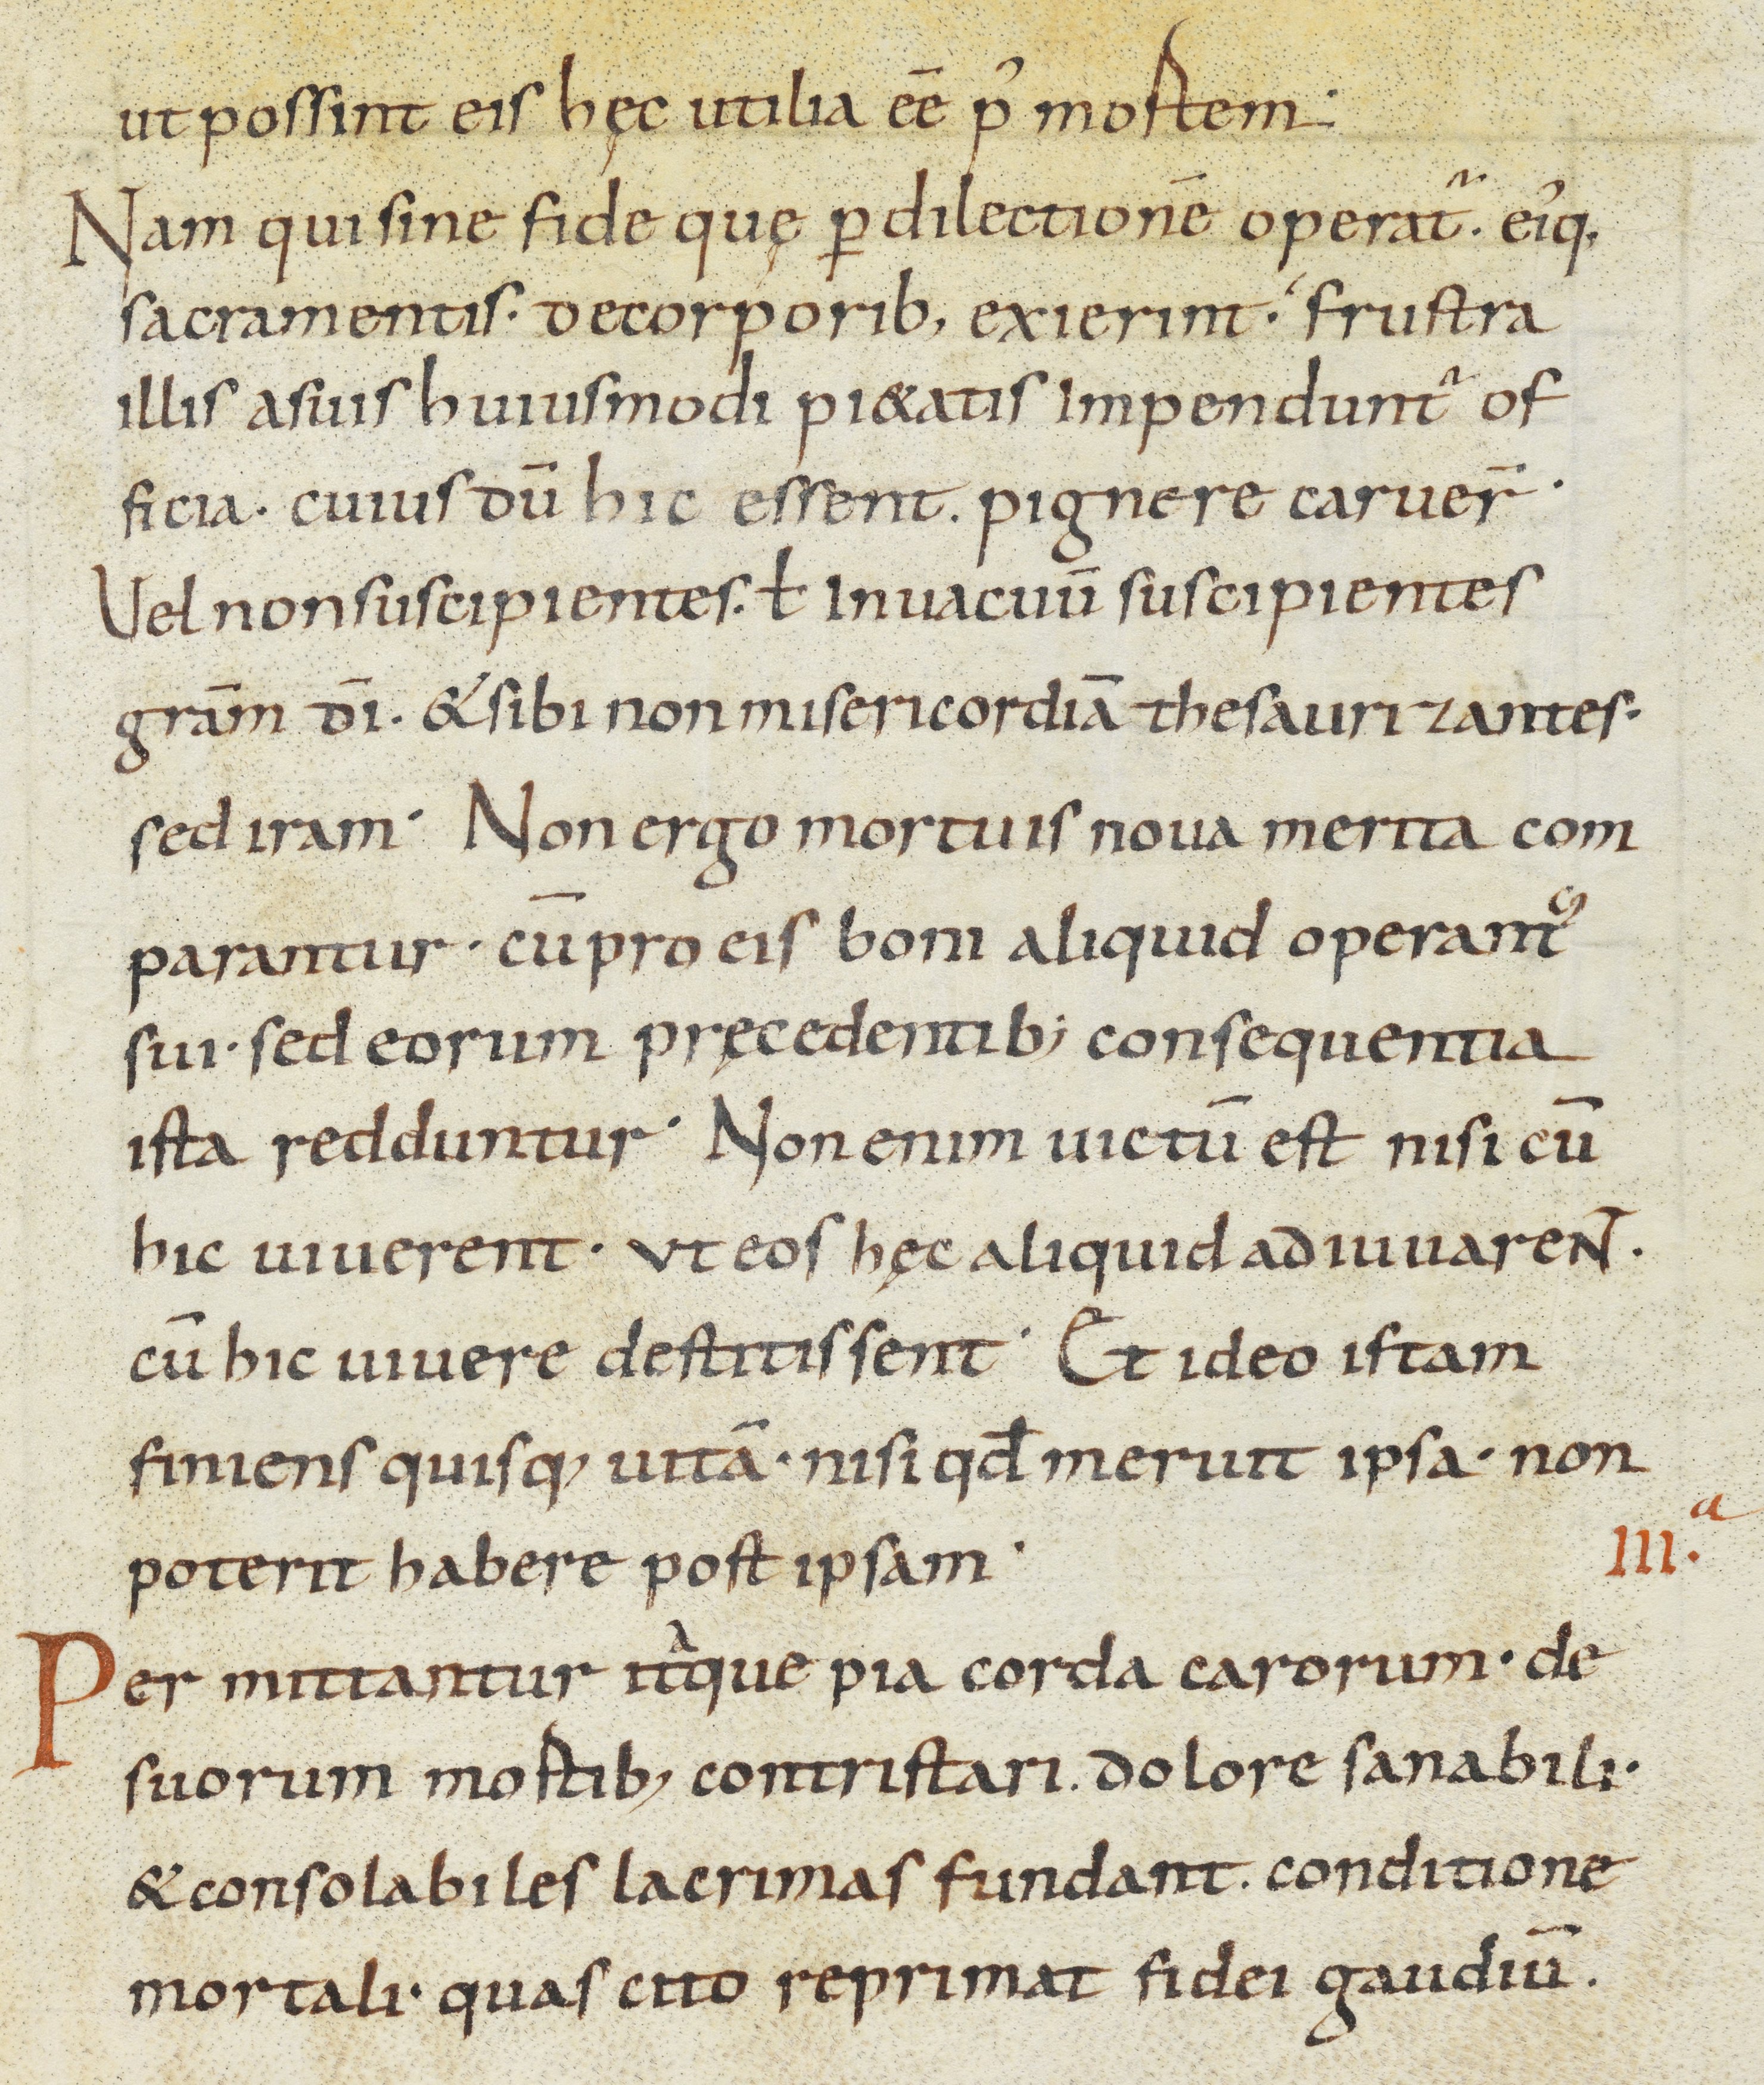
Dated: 800–899